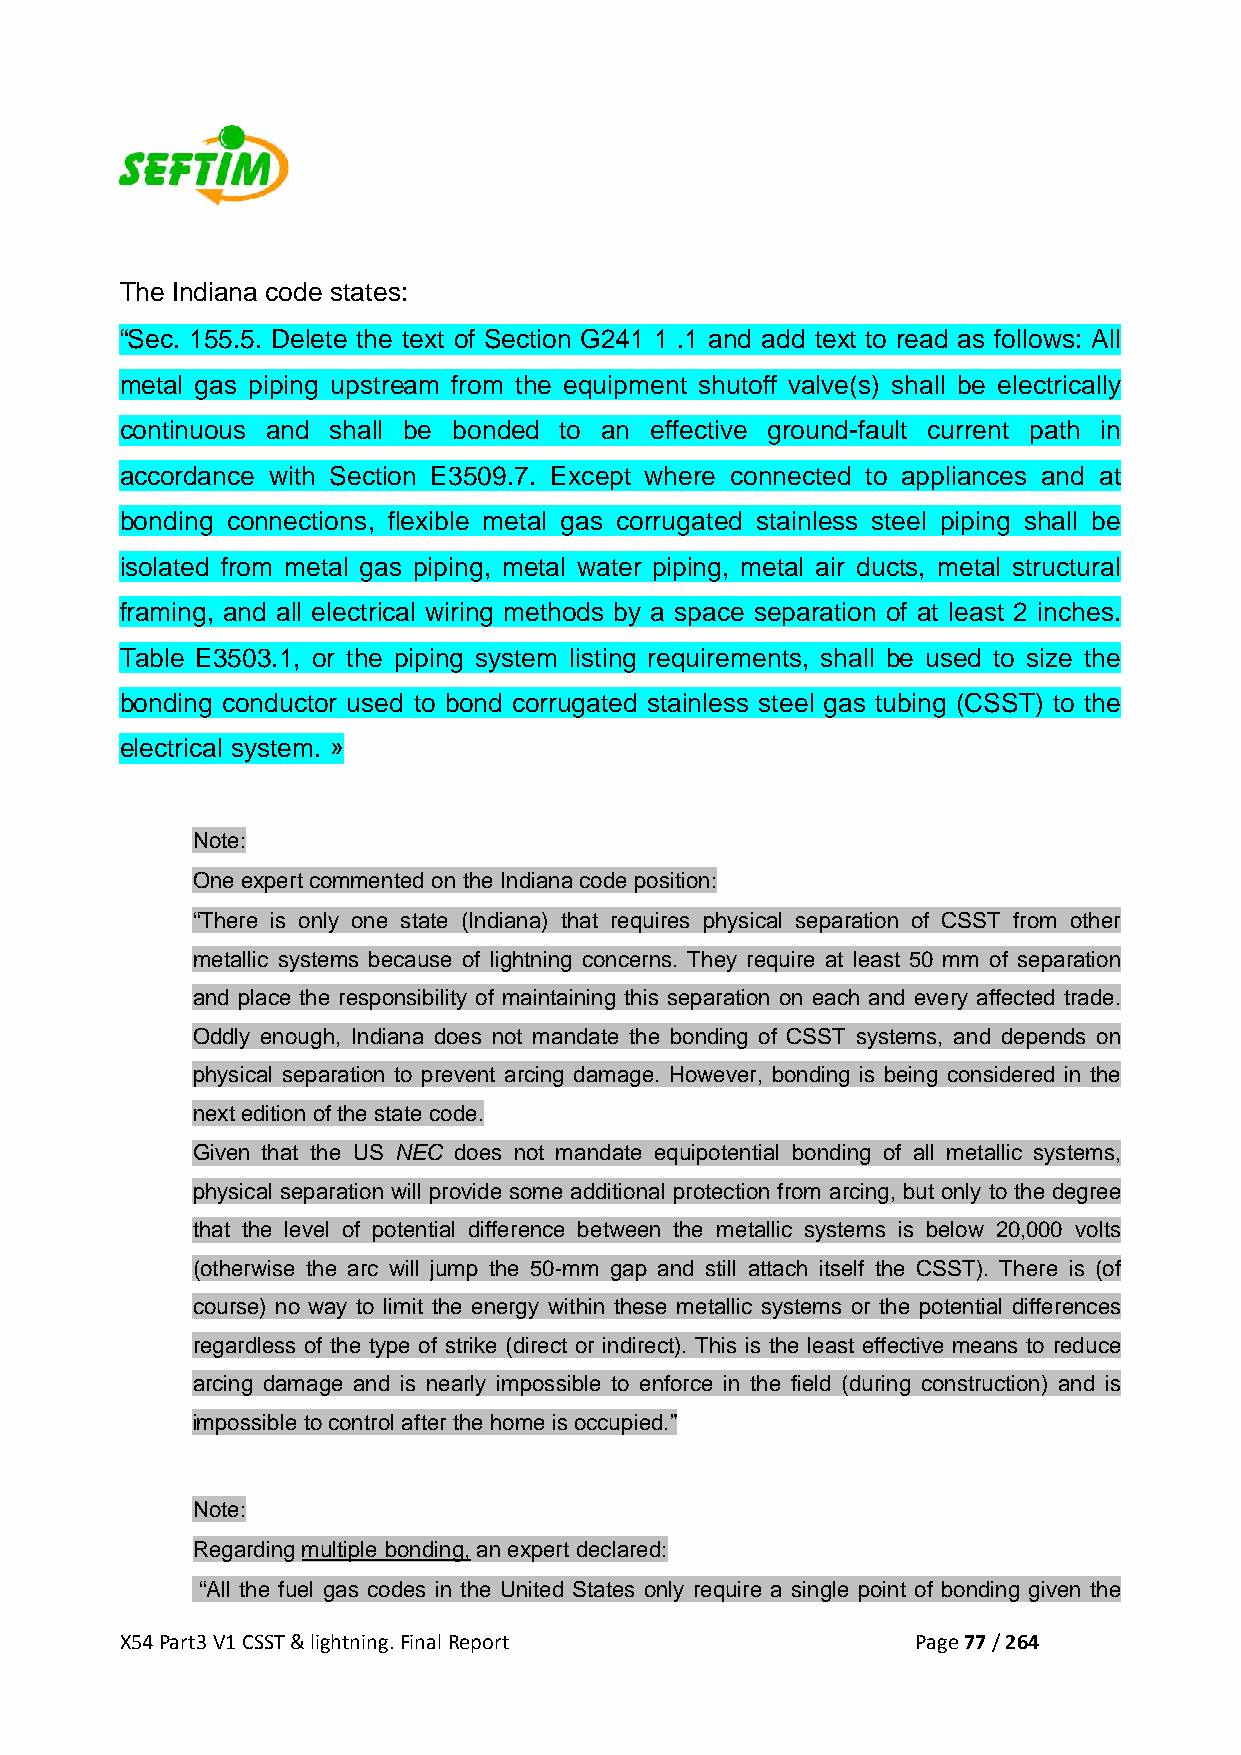
The Indiana code states:
 “Sec. 155.5. Delete the text of Section G241 1 .1 and add text to read as follows: All
 metal gas piping upstream from the equipment shutoff valve(s) shall be electrically
 continuous and shall be bonded to an effective ground-fault current path in
 accordance with Section E3509.7. Except where connected to appliances and at
 bonding connections, flexible metal gas corrugated stainless steel piping shall be
 isolated from metal gas piping, metal water piping, metal air ducts, metal structural
 framing, and all electrical wiring methods by a space separation of at least 2 inches.
 Table E3503.1, or the piping system listing requirements, shall be used to size the
 bonding conductor used to bond corrugated stainless steel gas tubing (CSST) to the
 electrical system. »
 Note:
 One expert commented on the Indiana code position:
 “There is only one state (Indiana) that requires physical separation of CSST from other
 metallic systems because of lightning concerns. They require at least 50 mm of separation
 and place the responsibility of maintaining this separation on each and every affected trade.
 Oddly enough, Indiana does not mandate the bonding of CSST systems, and depends on
 physical separation to prevent arcing damage. However, bonding is being considered in the
 next edition of the state code.
 Given that the US NEC does not mandate equipotential bonding of all metallic systems,
 physical separation will provide some additional protection from arcing, but only to the degree
 that the level of potential difference between the metallic systems is below 20,000 volts
 (otherwise the arc will jump the 50-mm gap and still attach itself the CSST). There is (of
 course) no way to limit the energy within these metallic systems or the potential differences
 regardless of the type of strike (direct or indirect). This is the least effective means to reduce
 arcing damage and is nearly impossible to enforce in the field (during construction) and is
 impossible to control after the home is occupied.”
 Note:
 Regarding multiple bonding, an expert declared:
 “All the fuel gas codes in the United States only require a single point of bonding given the
 X54 Part3 V1 CSST & lightning. Final Report          Page 77 / 264